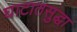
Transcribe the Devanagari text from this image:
घाटातसुद्धा